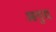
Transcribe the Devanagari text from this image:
आयुद्य